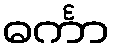
ဓင်္ကာ